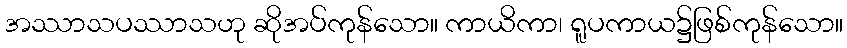
အဿာသပဿာသဟု ဆိုအပ်ကုန်သော။ ကာယိကာ၊ ရူပကာယ၌ဖြစ်ကုန်သော။